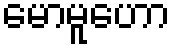
မောမူဟော